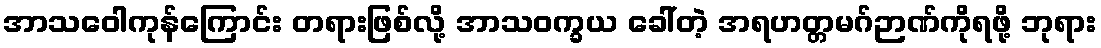
အာသဝေါကုန်ကြောင်း တရားဖြစ်လို့ အာသဝက္ခယ ခေါ်တဲ့ အရဟတ္တမဂ်ဉာဏ်ကိုရဖို့ ဘုရား